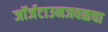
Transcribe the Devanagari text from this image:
जॉर्जटाउनजवळचा